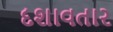
દશાવતાર